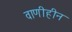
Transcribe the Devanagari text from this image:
वाणीहीन